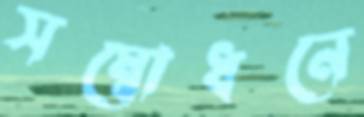
সম্বোধনে